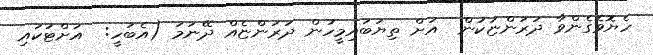
ހެޔޮވެގެންވާ ދަރަންޏަކުން  އަށް ތިޔަބައިމީހުން ދަރަންޏެއް ދޭނަމަ (އެބަހީ:  އަށްޓަކައި